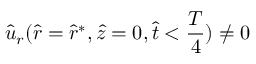
\hat { u } _ { r } ( \hat { r } = \hat { r } ^ { * } , \hat { z } = 0 , \hat { t } < \frac { T } { 4 } ) \neq 0